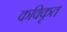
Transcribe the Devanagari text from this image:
कविकृत